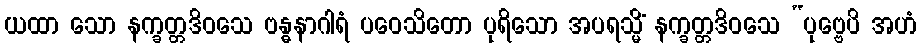
ယထာ သော နက္ခတ္တဒိဝသေ ဗန္ဓနာဂါရံ ပဝေသိတော ပုရိသော အပရသ္မိံ နက္ခတ္တဒိဝသေ “ပုဗ္ဗေပိ အဟံ